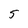
Character: 5